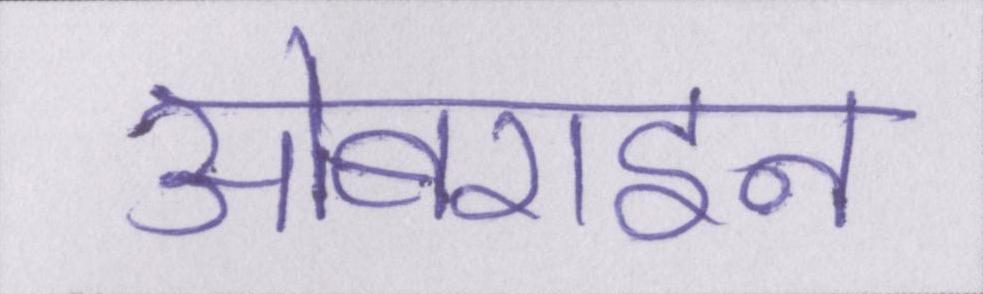
ओबराइन